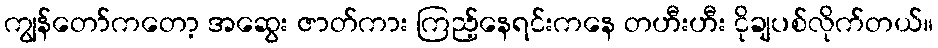
ကျွန်တော်ကတော့ အဆွေး ဇာတ်ကား ကြည့်နေရင်းကနေ တဟီးဟီး ငိုချပစ်လိုက်တယ်။